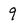
Character: 9